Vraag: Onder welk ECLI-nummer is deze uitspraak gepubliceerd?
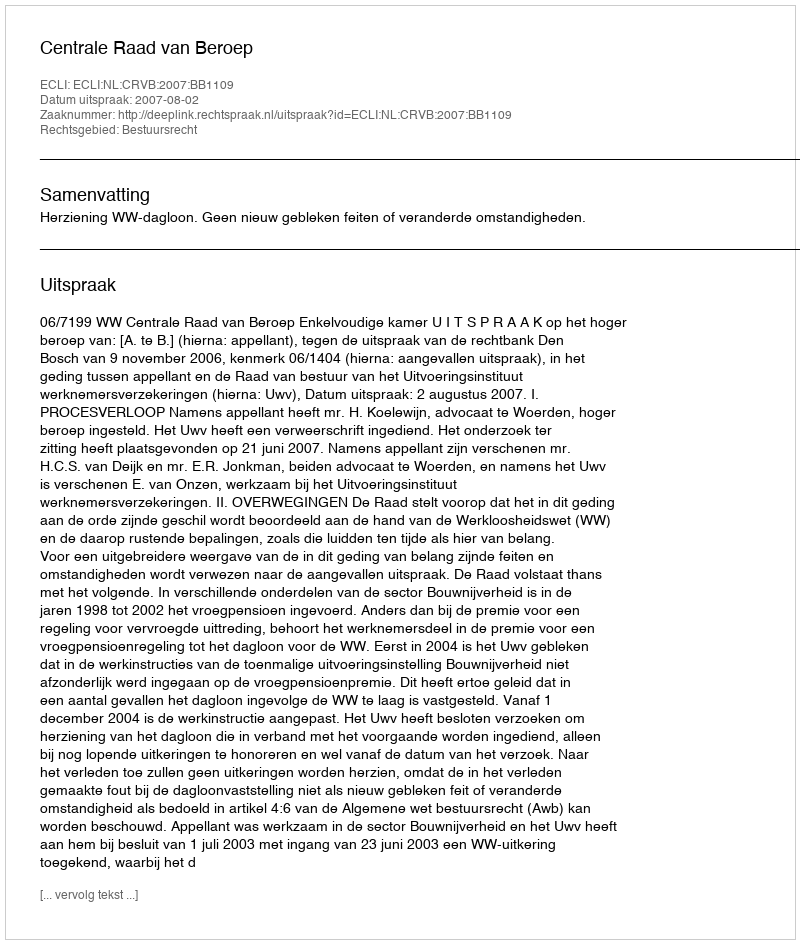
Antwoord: ECLI:NL:CRVB:2007:BB1109